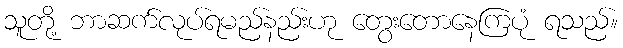
သူတို့ ဘာဆက်လုပ်ရမည်နည်းဟု တွေးတောနေကြပုံ ရသည်။